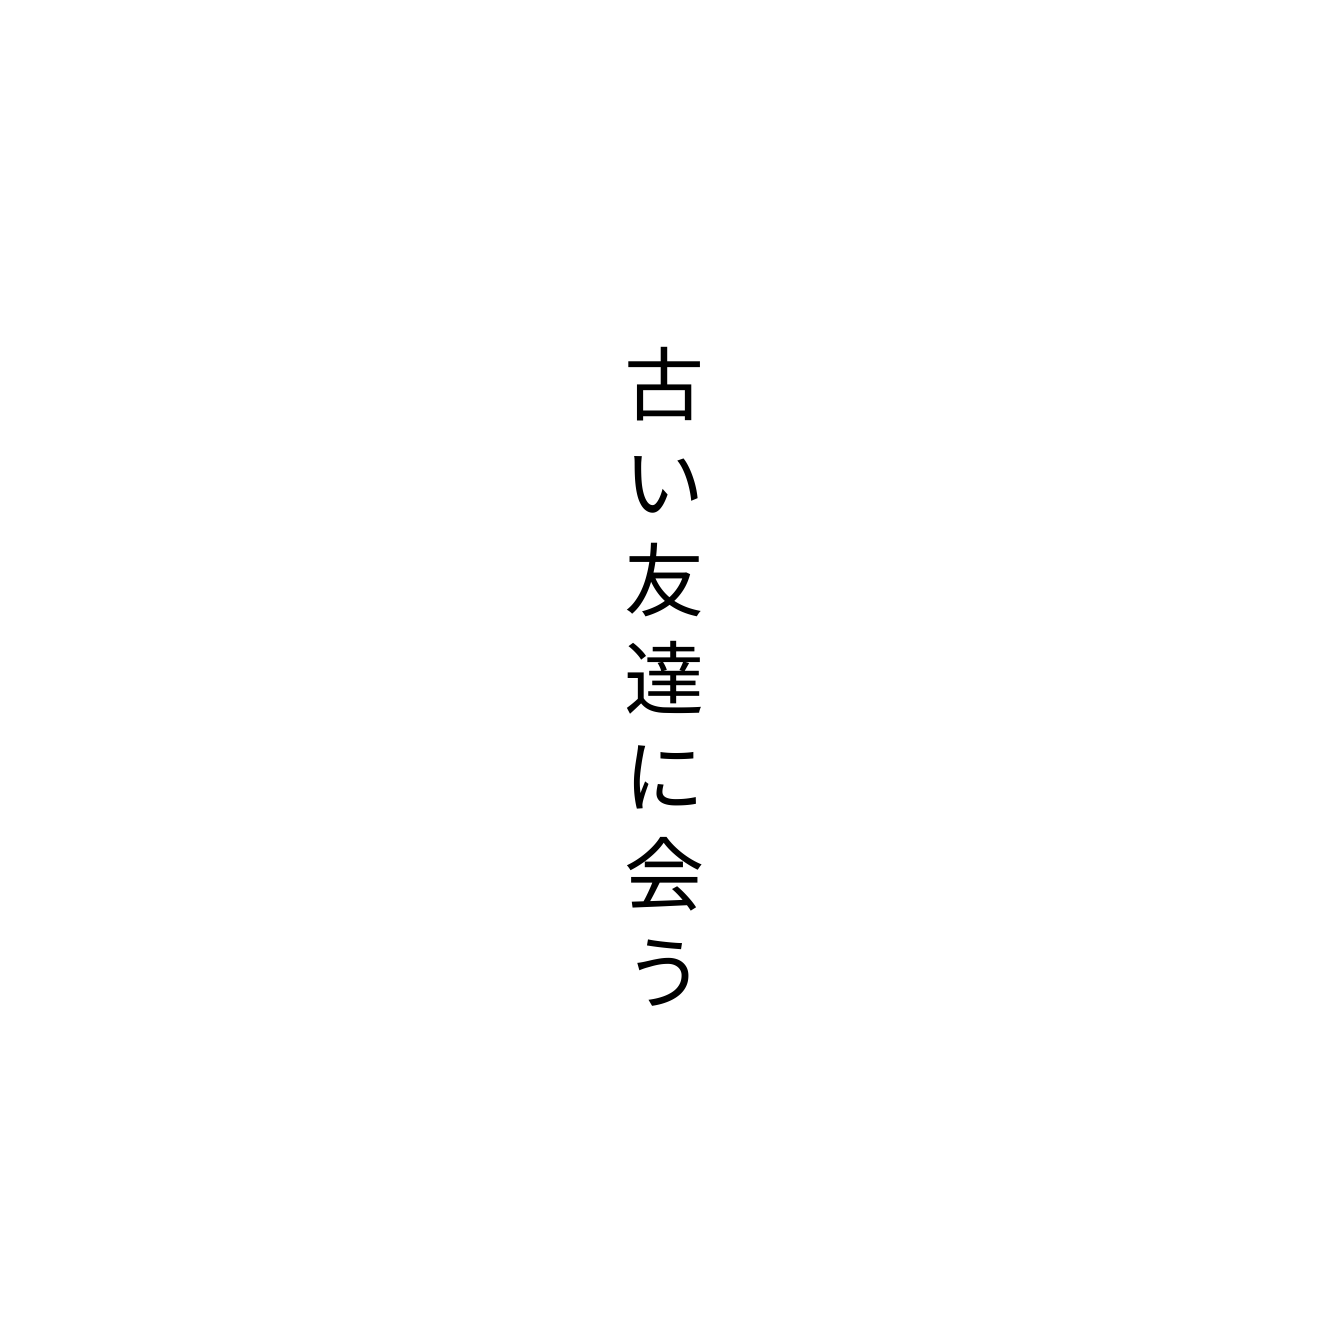
古い友達に会う